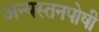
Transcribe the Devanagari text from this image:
अन्यस्तनपोषी